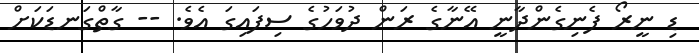
ޑި ނީރޯ ފެނިގެންދާނީ އޭނާގެ ރަން ދުވަހުގެ ސިފައިގަ އެވެ. -- ގާތްގަނޑަކަށް